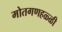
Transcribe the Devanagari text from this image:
मोतगणहळ्ळी